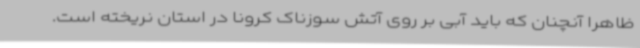
ظاهرا آنچنان که باید آبی بر روی آتش سوزناک کرونا در استان نریخته است.